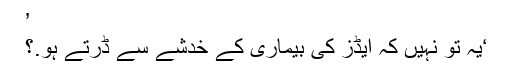
’
‘یہ تو نہیں کہ ایڈز کی بیماری کے خدشے سے ڈرتے ہو.؟